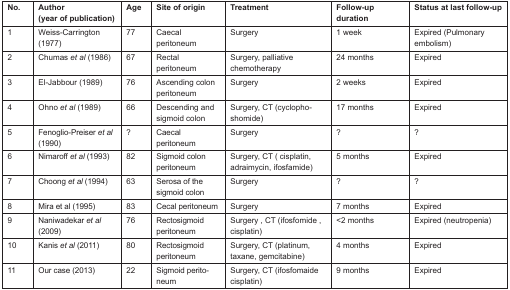
<table><thead><tr><td><b>No.</b></td><td><b>Author (year of publication)</b></td><td><b>Age</b></td><td><b>Site of origin</b></td><td><b>Treatment</b></td><td><b>Follow-up duration</b></td><td><b>Status at last follow-up</b></td></tr></thead><tbody><tr><td>1</td><td>Weiss-Carrington (1977)</td><td>77</td><td>Caecal peritoneum</td><td>Surgery</td><td>1 week</td><td>Expired (Pulmonary embolism)</td></tr><tr><td>2</td><td>Chumas <i>et al</i> (1986)</td><td>67</td><td>Rectal peritoneum</td><td>Surgery, palliative chemotherapy</td><td>24 months</td><td>Expired</td></tr><tr><td>3</td><td>El-Jabbour (1989)</td><td>76</td><td>Ascending colon peritoneum</td><td>Surgery</td><td>2 weeks</td><td>Expired</td></tr><tr><td>4</td><td>Ohno <i>et al</i> (1989)</td><td>66</td><td>Descending and sigmoid colon</td><td>Surgery, CT (cyclophoshomide)</td><td>17 months</td><td>Expired</td></tr><tr><td>5</td><td>Fenoglio-Preiser <i>et al</i> (1990)</td><td>?</td><td>Caecal peritoneum</td><td>Surgery</td><td>?</td><td>?</td></tr><tr><td>6</td><td>Nimaroff <i>et al</i> (1993)</td><td>82</td><td>Sigmoid colon peritoneum</td><td>Surgery, CT ( cisplatin, adraimycin, ifosfamide)</td><td>5 months</td><td>Expired</td></tr><tr><td>7</td><td>Choong <i>et al</i> (1994)</td><td>63</td><td>Serosa of the sigmoid colon</td><td>Surgery</td><td>?</td><td>?</td></tr><tr><td>8</td><td>Mira <i>et al</i> (1995)</td><td>83</td><td>Cecal peritoneum</td><td>Surgery</td><td>7 months</td><td>Expired</td></tr><tr><td>9</td><td>Naniwadekar <i>et al</i> (2009)</td><td>76</td><td>Rectosigmoid peritoneum</td><td>Surgery , CT (ifosfomide , cisplatin)</td><td>&lt;2 months</td><td>Expired (neutropenia)</td></tr><tr><td>10</td><td>Kanis <i>et al</i> (2011)</td><td>80</td><td>Rectosigmoid peritoneum</td><td>Surgery, CT (platinum, taxane, gemcitabine)</td><td>4 months</td><td>Expired</td></tr><tr><td>11</td><td>Our case (2013)</td><td>22</td><td>Sigmoid peritoneum</td><td>Surgery, CT (ifosfomaide cisplatin)</td><td>9 months</td><td>Expired</td></tr></tbody></table>